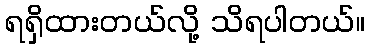
ရရှိထားတယ်လို့ သိရပါတယ်။